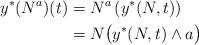
LaTeX: \begin{align*} y^{*}(N^{a})(t)&=N^{a}\left(y^{*}(N,t)\right)\\ &=N\bigl(y^{*}(N,t)\wedge a\bigr)\end{align*}